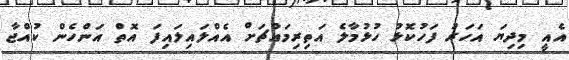
އެއީ މިދިޔަ އަހަރު ފަހުކޮޅު ހުޅުމާލެ އަތިރިމައްޗަށް އެއްލައިލައިފަ އޮތް އަންހެން ކުއްޖާ